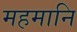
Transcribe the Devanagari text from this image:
महमानि